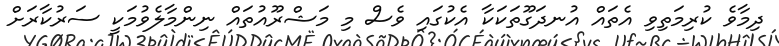
ދިމާވެ ކުރިމަތިވި އެތައް އުނދަގޫތަކަކާ އެކުގައި ވެސް މި މަޝްރޫއުތައް ނިންމާލެވުމަކީ ސަރުކާރަށް